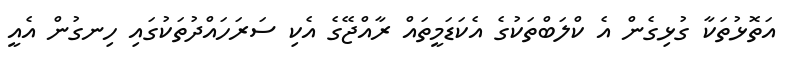
އަތޮޅުތަކާ ގުޅިގެން އެ ކްލަބްތަކުގެ އެކަޑަމީތައް ރާއްޖޭގެ އެކި ސަރަހައްދުތަކުގައި ހިނގުން އެއީ